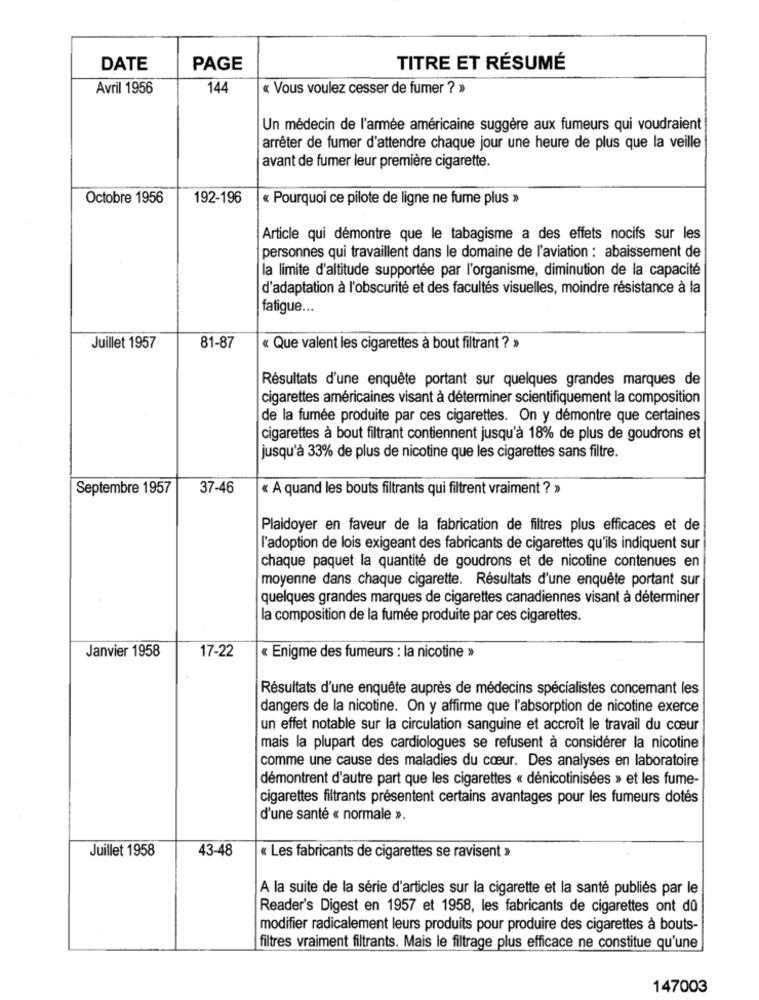
DATE
PAGE
TITRE ET RÉSUMÉ
Avril 1956
144
« Vous voulez cesser de fumer ? »
Un médecin de l'armée américaine suggère aux fumeurs qui voudraient
arrêter de fumer d'attendre chaque jour une heure de plus que la veille
avant de fumer leur première cigarette.
Octobre 1956
192-196
« Pourquoi ce pilote de ligne ne fume plus »
Article qui démontre que le tabagisme a des effets nocifs sur les
personnes qui travaillent dans le domaine de l'aviation : abaissement de
la limite d'altitude supportée par l'organisme, diminution de la capacité
d'adaptation à l'obscurité et des facultés visuelles, moindre résistance à la
fatigue ...
Juillet 1957
81-87
« Que valent les cigarettes à bout filtrant ? »
Résultats d'une enquête portant sur quelques grandes marques de
cigarettes américaines visant à déterminer scientifiquement la composition
de la fumée produite par ces cigarettes. On y démontre que certaines
cigarettes à bout filtrant contiennent jusqu'à 18% de plus de goudrons et
jusqu'à 33% de plus de nicotine que les cigarettes sans filtre.
Septembre 1957
37-46
« A quand les bouts filtrants qui filtrent vraiment ? »
Plaidoyer en faveur de la fabrication de filtres plus efficaces et de
l'adoption de lois exigeant des fabricants de cigarettes qu'ils indiquent sur
chaque paquet la quantité de goudrons et de nicotine contenues en
moyenne dans chaque cigarette. Résultats d'une enquête portant sur
quelques grandes marques de cigarettes canadiennes visant à déterminer
la composition de la fumée produite par ces cigarettes.
Janvier 1958
17-22
« Enigme des fumeurs : la nicotine »
Résultats d'une enquête auprès de médecins spécialistes concemant les
dangers de la nicotine. On y affirme que l'absorption de nicotine exerce
un effet notable sur la circulation sanguine et accroît le travail du cœur
mais la plupart des cardiologues se refusent à considérer la nicotine
comme une cause des maladies du cœur. Des analyses en laboratoire
démontrent d'autre part que les cigarettes « dénicotinisées » et les fume-
cigarettes filtrants présentent certains avantages pour les fumeurs dotés
d'une santé « normale ».
Juillet 1958
43-48
« Les fabricants de cigarettes se ravisent »
A la suite de la série d'articles sur la cigarette et la santé publiés par le
Reader's Digest en 1957 et 1958, les fabricants de cigarettes ont dû
modifier radicalement leurs produits pour produire des cigarettes à bouts-
filtres vraiment filtrants. Mais le filtrage plus efficace ne constitue qu'une
147003